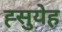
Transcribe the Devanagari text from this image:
ह्सुयेह